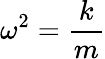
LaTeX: \omega^{2}={\frac{k}{m}}